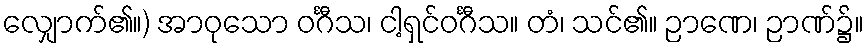
လျှောက်၏။) အာဝုသော ဝင်္ဂီသ၊ ငါ့ရှင်ဝင်္ဂီသ။ တံ၊ သင်၏။ ဉာဏေ၊ ဉာဏ်၌။